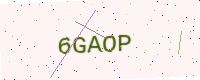
Text: 6GAOP